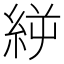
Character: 𥿬